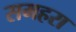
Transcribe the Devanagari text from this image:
समहरा